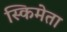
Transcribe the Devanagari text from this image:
स्किमेता